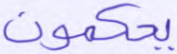
يحكمون